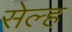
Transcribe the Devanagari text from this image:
सेल्‍ह